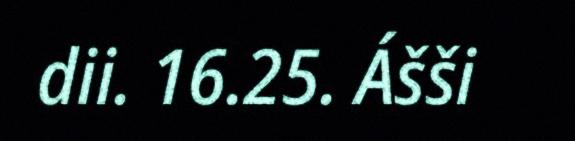
dii. 16.25. Ášši